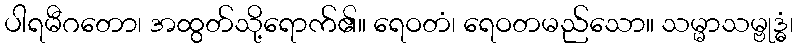
ပါရမီဂတော၊ အထွတ်သို့ရောက်၏။ ရေဝတံ၊ ရေဝတမည်သော။ သမ္မာသမ္ဗုဒ္ဓံ၊